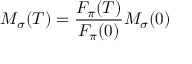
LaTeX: M _ { \sigma } ( T ) = { \frac { F _ { \pi } ( T ) } { F _ { \pi } ( 0 ) } } M _ { \sigma } ( 0 )